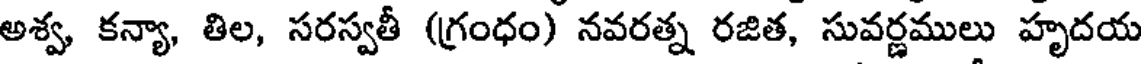
అశ్వ, కన్యా, తిల, సరస్వతీ (గ్రంధం) నవరత్న రజిత, సువర్ణములు హృదయ